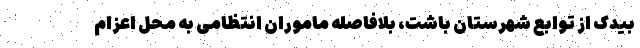
بیدک از توابع شهرستان باشت، بلافاصله ماموران انتظامی به محل اعزام